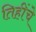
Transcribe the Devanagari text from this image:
तिहींचे